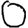
Digit: 0